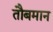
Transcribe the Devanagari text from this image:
तौबमान